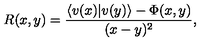
R ( x , y ) = \frac { \langle v ( x ) | v ( y ) \rangle - \Phi ( x , y ) } { ( x - y ) ^ { 2 } } ,